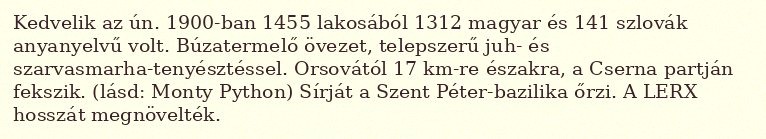
Kedvelik az ún. 1900-ban 1455 lakosából 1312 magyar és 141 szlovák anyanyelvű volt. Búzatermelő övezet, telepszerű juh- és szarvasmarha-tenyésztéssel. Orsovától 17 km-re északra, a Cserna partján fekszik. (lásd: Monty Python) Sírját a Szent Péter-bazilika őrzi. A LERX hosszát megnövelték.